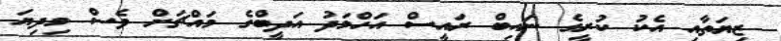
ޒިޔަތާއި އެކު ކުރީގެ ނައިބް ރައީސް އަހްމަދު އަދީބްގެ މައްޗަށް ވެސް މިދިޔަ